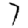
Digit: 7